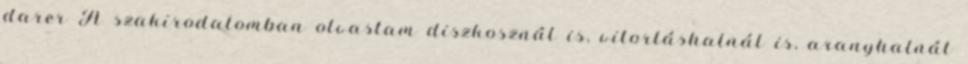
darer A szakirodalomban olvastam diszkosznál is, vitorláshalnál is, aranyhalnál